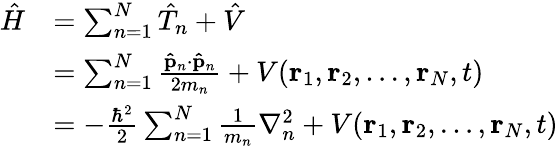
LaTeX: {\begin{array}{rl}{{\hat{H}}}&{=\sum_{n=1}^{N}{\hat{T}}_{n}+{\hat{V}}}\\ &{=\sum_{n=1}^{N}{\frac{\mathbf{\hat{p}}_{n}\cdot\mathbf{\hat{p}}_{n}}{2m_{n}}}+V(\mathbf{r}_{1},\mathbf{r}_{2},\ldots,\mathbf{r}_{N},t)}\\ &{=-{\frac{\hbar^{2}}{2}}\sum_{n=1}^{N}{\frac{1}{m_{n}}}\nabla_{n}^{2}+V(\mathbf{r}_{1},\mathbf{r}_{2},\ldots,\mathbf{r}_{N},t)}\end{array}}